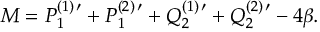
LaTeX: M = P _ { 1 } ^ { ( 1 ) \, \prime } + P _ { 1 } ^ { ( 2 ) \, \prime } + Q _ { 2 } ^ { ( 1 ) \, \prime } + Q _ { 2 } ^ { ( 2 ) \, \prime } - 4 \beta .